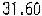
31.60